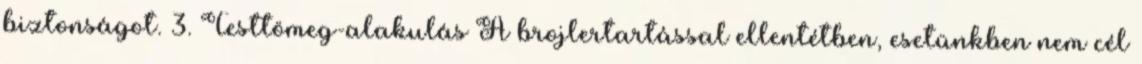
biztonságot. 3. Testtömeg-alakulás A brojlertartással ellentétben, esetünkben nem cél